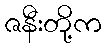
ဇနီးတို့က